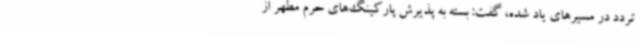
تردد در مسیرهای یاد شده، گفت: بسته به پذیرش پارکینگ‌های حرم مطهر از